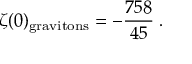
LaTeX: \zeta ( 0 ) _ { \mathrm { g r a v i t o n s } } = - { \frac { 7 5 8 } { 4 5 } } \; .